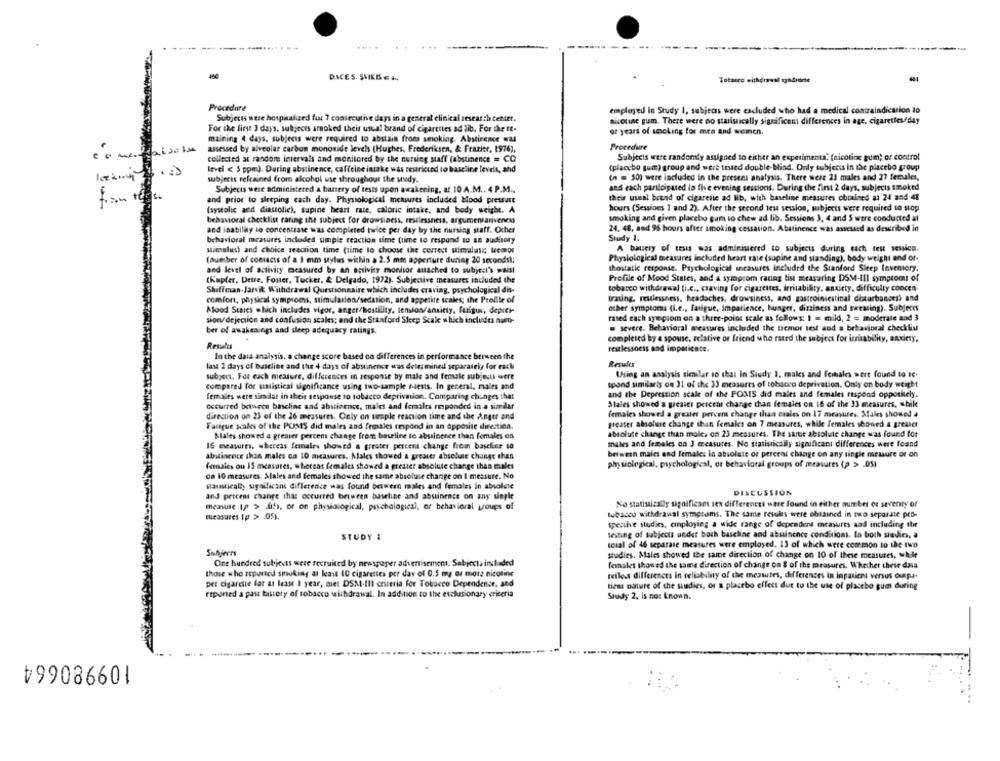
DICES. SVIEB & a.
Tobacco withdrawal syndrome
Procedure
employed in Study 1, subjecs were excluded who had a medical contraindication to
Subjects were hospitalized fur 7 consecutive days in a general clinical research cebitt.
nicotine gum. There were no starisically significant differences in age, cigarettes/day
For the first 3 days, subjects smoked their usual brand of cigarettes ad lib. For the te-
maining 4 days, subjects were required to abstain from smoking. Abstinence was
or years of smoking for mra and weich.
assessed by alveolar carbon monoxide levels (Hughes, Frederiksen, & Frazier, 1976),
Procedure
collected at random intervals and monitored by the nursing staff (abstinence = CO
Subjects were randomly assigned to either an experimenta. (nicotine pum; er control
(placcbo gum) group and were tested double-blind. Only subjects in ise placebo group
level < 5 ppm). During abstinence, caffeine intake was restricted to baseline levels, and
subjects refrained from alcohol use throughout the study.
(n = 50) were included in the present analysis. There were 23 males and 27 females,
Subjecis were administered a banery of tests upon awakening, at 10 A.M ., 4 P.M .,
and each participated la fie evening sessions. During the first 2 days, subjects smoked
and prior to sleeping cach day. Physiological measures included Hood pressure
their useal bread of cigarette ad lib, with baseline measures obtained a: 24 and 48
(systolic and diastolic), supine heart rate, calorie intake, and body weight. A
hours (Sessions 1 and 2). After the second test session, subjects were required to stop
behavioral checklist raring the subject for drowsiness, mesilessness, argumentativeness
smoking and given placebo gum to chew ad lib. Sessions 3, 4 and 5 were conducted al
24. 48, and 96 hours after smoking cessation. Abstinence was assessed as described in
and inability to concentrate was completed twice per day by the nursing staff. Ocher
Study 1.
behavioral measures induded simple reaction time (time to respond to an auditory
stimalus) and choice reaction time (time to choose the correct simaluse Wemp
A battery of tests was administered to subjects during each res session.
(number of contacts of a I mm stylus within a 2.5 mm apperture during 20 seconds);
Physiological measures included heart rate (supine and standing), body weight and or-
thostatie response. Psychological measures included the Stanford Sieep Inventory,
and level of activity measured by an activity monitor ausched to subject's waist
(Kapler, Detre, Foster, Tucker. & Delgado, 1972). Subjective measures included the
Profile of Mood States, and a symptom rating list measuring DSM-III symptoms of
Shiffman-Jarvik Withdrawal Questionnaire which includes craving, psychological dis-
tobacco withdrawal (i.c ., craving for cigarettes, irritability, anxiety, difficulty concen-
trating, restlessness, headaches, drowsiness, and gastrointestinal disturbances) and
comfort, physical symptoms, stimulation/sedation, and appetite scales; the Profile of
Alood States which includes vigor, anger/hostility, temlos/ansitty, fuigin, depier-
other symptoms (i.e ., fatigue, impatience, hunger, dizziness and sweating). Subjects
sion/dejection and confusion scales; and the Stanford Sleep Scale which includes num-
rased each syrepiom on a three-point scale as follows: I = mild, 2 = moderate and 3
severe. Behavioral measures included the tremor test and a behavioral checklist
ber of awakenings and deep adequacy ratings.
completed by a spouse, relative or friend who rated the subject for irritability, anxiety,
restlessness and impatiente.
In the data analysis, a change score based co differences in performance berween the
las 2 days of baseline and the 4 days of abstinence was determined separately for each
Results
subject, For each measure, differences in response by male and female subjects were
Using an analysis similar to that in Study 1, males and females were found to 16.
compared for statistical significance using two-sample fests. In general, males and
spond similaris on 31 of the 13 measures of tobacco deprivation. Only on body weight
females were similar in theis sesponse to tobacco deprivation. Comparing chinges that
and the Depression scale of the POMS did males and females respond oppositely.
Males showed a greater priceal change than females on 16 of the 33 measures, while
occurred between basclins and abstinence, males and females responded in a similar
direction on 23 of the 26 measures. Only on simple reaction time and the Anger and
females showed a greater percent change than esales on 17 measures. Sales showed a
Fatigue scales of the POMS did males and females respond in an opposite direction.
greater absoluse change thun females on 7 measures, while females showed & greaser
Mlales showed a greater percent change from baseline to abstinence than females on
absolute change than male> on 23 measures. The same absolute change was found for
16 measures, whereas females showed a greater percent change from baseline to
males and females co 3 measures. No statistically significant differences were found
abstinence than males ca 10 measures. Males showed a greater absolue change than
between males and females in absolute or percent change on any single measure or on
physiological, psychological, or behavioral groups of measures (p > .051
females ou IS measures, whereas females showed a greater absolute change than males
on 10 measures. States and females showed the same absolute change on I measure. No
faustically significans difference was found between males and females in absolute
DISCUSSION
and percent change that occurred briween baseline and abuinence on any single
measure Ip > ffs, or on physiological, psychological, or behavioral groups of
No statistically significam sex differences were found in either mumber ce seventy of
tobacco withdrawal symptoms. The same results were obtained in two separate pro-
spective studies, employing a wide range of dependent measures aad including the
STUDY 2
testing of subjects under both baseline and abstinence conditions, la both studies, a
scial of 46 separate measures were employed. 13 of which were common to the two
Sohjerrs
studies. Males showed the same direction of change on 10 of these measures, huile
One hundred subjects were recruited by newspaper advertisement. Subjecta included
females showed the same direction of change on & of the measures. Whether these dass
those who reported sewoking at least 10 cigarettes per das of 0.5 mg os more nicotine
reflet differences in reliability of the messutes, differences in inpatient versus outpu-
pet cigarette for at least I year, met DSM-III criteria for Tobacco Dependence, and
tieni nature of the studies, or a placebo effect due to the use of plasebo gue during
reported a past history of tobacco withdrawal. In addition to the eschesionary criteria
Study 2. is not known.
৳99086601